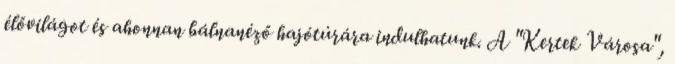
élővilágot és ahonnan bálnanéző hajótúrára indulhatunk. A "Kertek Városa",